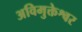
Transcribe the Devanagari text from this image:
अविमुक्तेश्वर